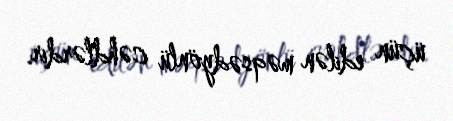
üçün edilən məqsədyönlü cəhdlərdir.